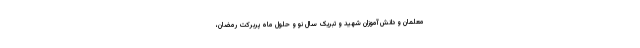
معلمان و دانش آموزان شهید و تبریک سال نو و حلول ماه پربرکت رمضان،